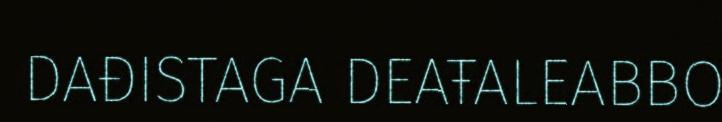
DAĐISTAGA DEAŦALEABBO